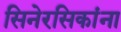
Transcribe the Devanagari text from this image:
सिनेरसिकांना